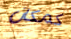
كمكان